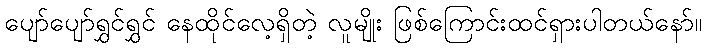
ပျော်ပျော်ရွှင်ရွှင် နေထိုင်လေ့ရှိတဲ့ လူမျိုး ဖြစ်ကြောင်းထင်ရှားပါတယ်နော်။